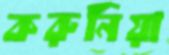
করুনিয়া